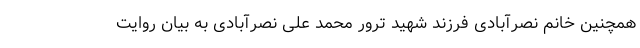
همچنین خانم نصرآبادی فرزند شهید ترور محمد علی نصرآبادی به بیان روایت